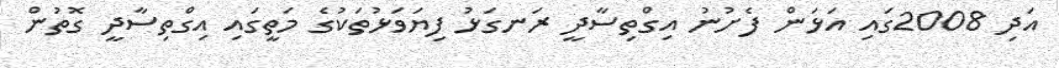
އަދި 2008ގައި އަޅަން ފެށުނު އިގްތިސާދީ ރަނގަޅު ފިޔަވަޅުތަކުގެ މަތީގައި އިގްތިސާދީ ގޮތުން